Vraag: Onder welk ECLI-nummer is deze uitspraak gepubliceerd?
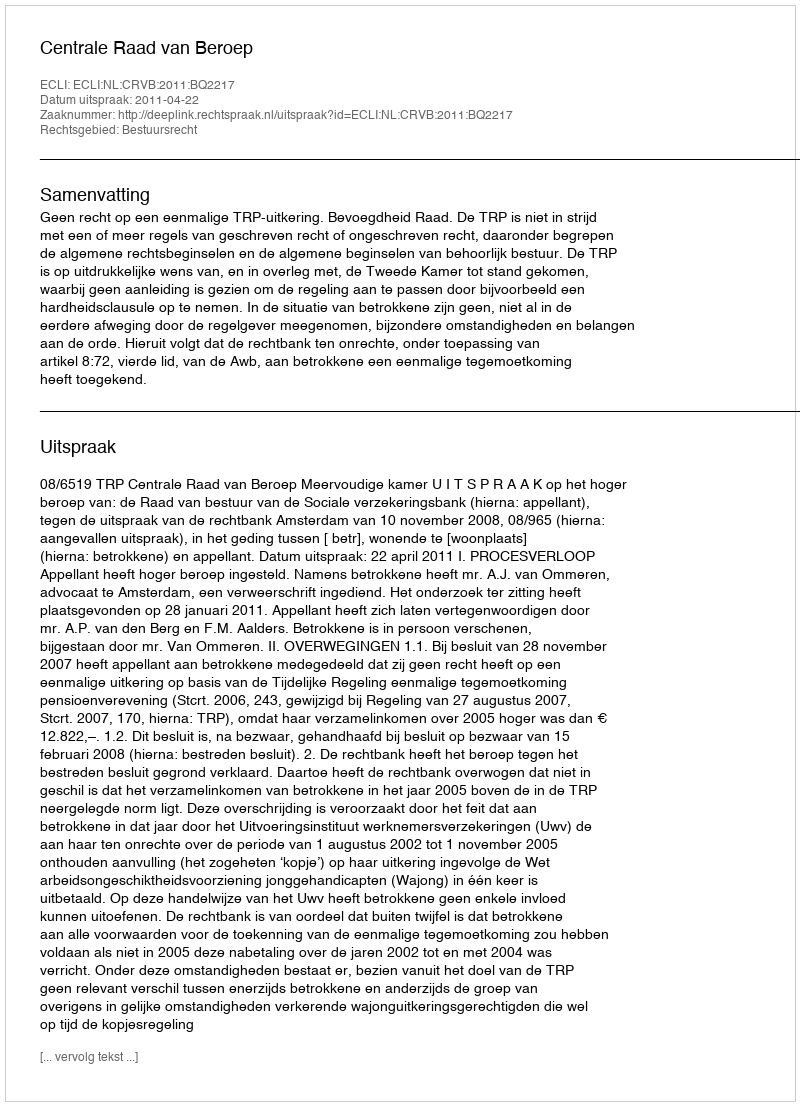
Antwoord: ECLI:NL:CRVB:2011:BQ2217